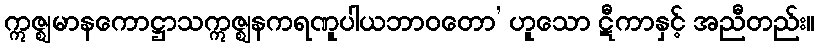
ဣဇ္ဈမာနကောဋ္ဌာသဣဇ္ဈနကရဏူပါယဘာဝတော’ ဟူသော ဋီကာနှင့် အညီတည်း။